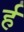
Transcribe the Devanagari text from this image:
र्ह